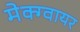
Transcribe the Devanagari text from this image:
मेक्ग्वायर